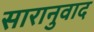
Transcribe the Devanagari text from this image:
सारानुवाद